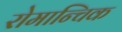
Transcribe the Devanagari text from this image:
रोमान्चिक